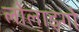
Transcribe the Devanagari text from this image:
लोलाइगो